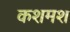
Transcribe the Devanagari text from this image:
कशमश